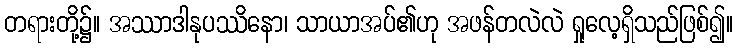
တရားတို့၌။ အဿာဒါနုပဿိနော၊ သာယာအပ်၏ဟု အဖန်တလဲလဲ ရှုလေ့ရှိသည်ဖြစ်၍။